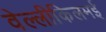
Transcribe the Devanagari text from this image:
वेल्लीकिलमई